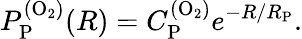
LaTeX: P_{\mathrm{P}}^{\mathrm{(O_{2})}}(R)=C_{\mathrm{P}}^{\mathrm{(O_{2})}}e^{-R/R_{\mathrm{P}}}.